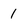
Character: 1